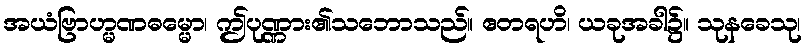
အယံဗြာဟ္မဏဓမ္မော၊ ဤပုဏ္ဏား၏သဘောသည်။ ဧတရဟိ၊ ယခုအခါ၌။ သုနခေသု၊